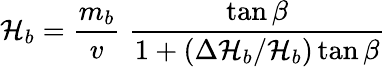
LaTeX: \mathcal{H}_{b}=\frac{{m_{b}}}{{v}}\; \frac{{\tan\beta}}{{1+(\Delta\mathcal{H}_{b}/\mathcal{H}_{b})\tan\beta}}